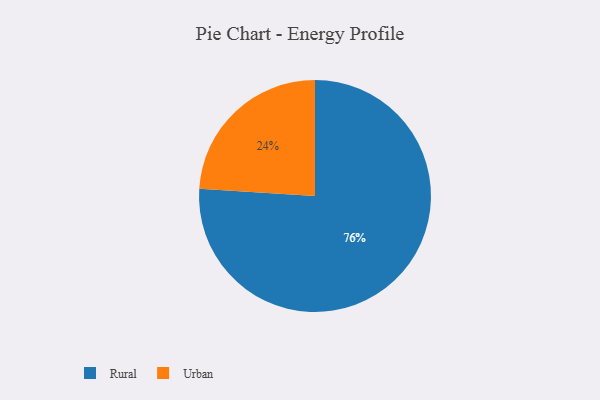
{"axis": {"x": "Category", "y": "Percentage"}, "legend": ["Rural", "Urban"], "data": [{"x": "Rural", "y": 76, "type": "Rural"}, {"x": "Urban", "y": 24, "type": "Urban"}]}